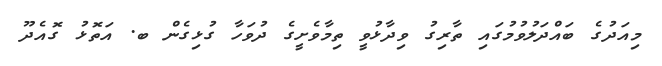
މިއަދުގެ ބައްދަލުވުމުގައި ތާރިގު ވިދާޅުވީ ތިމާވެށީގެ ދުވަހާ ގުޅިގެން ބ. އަތޮޅު ގޮއެދޫ